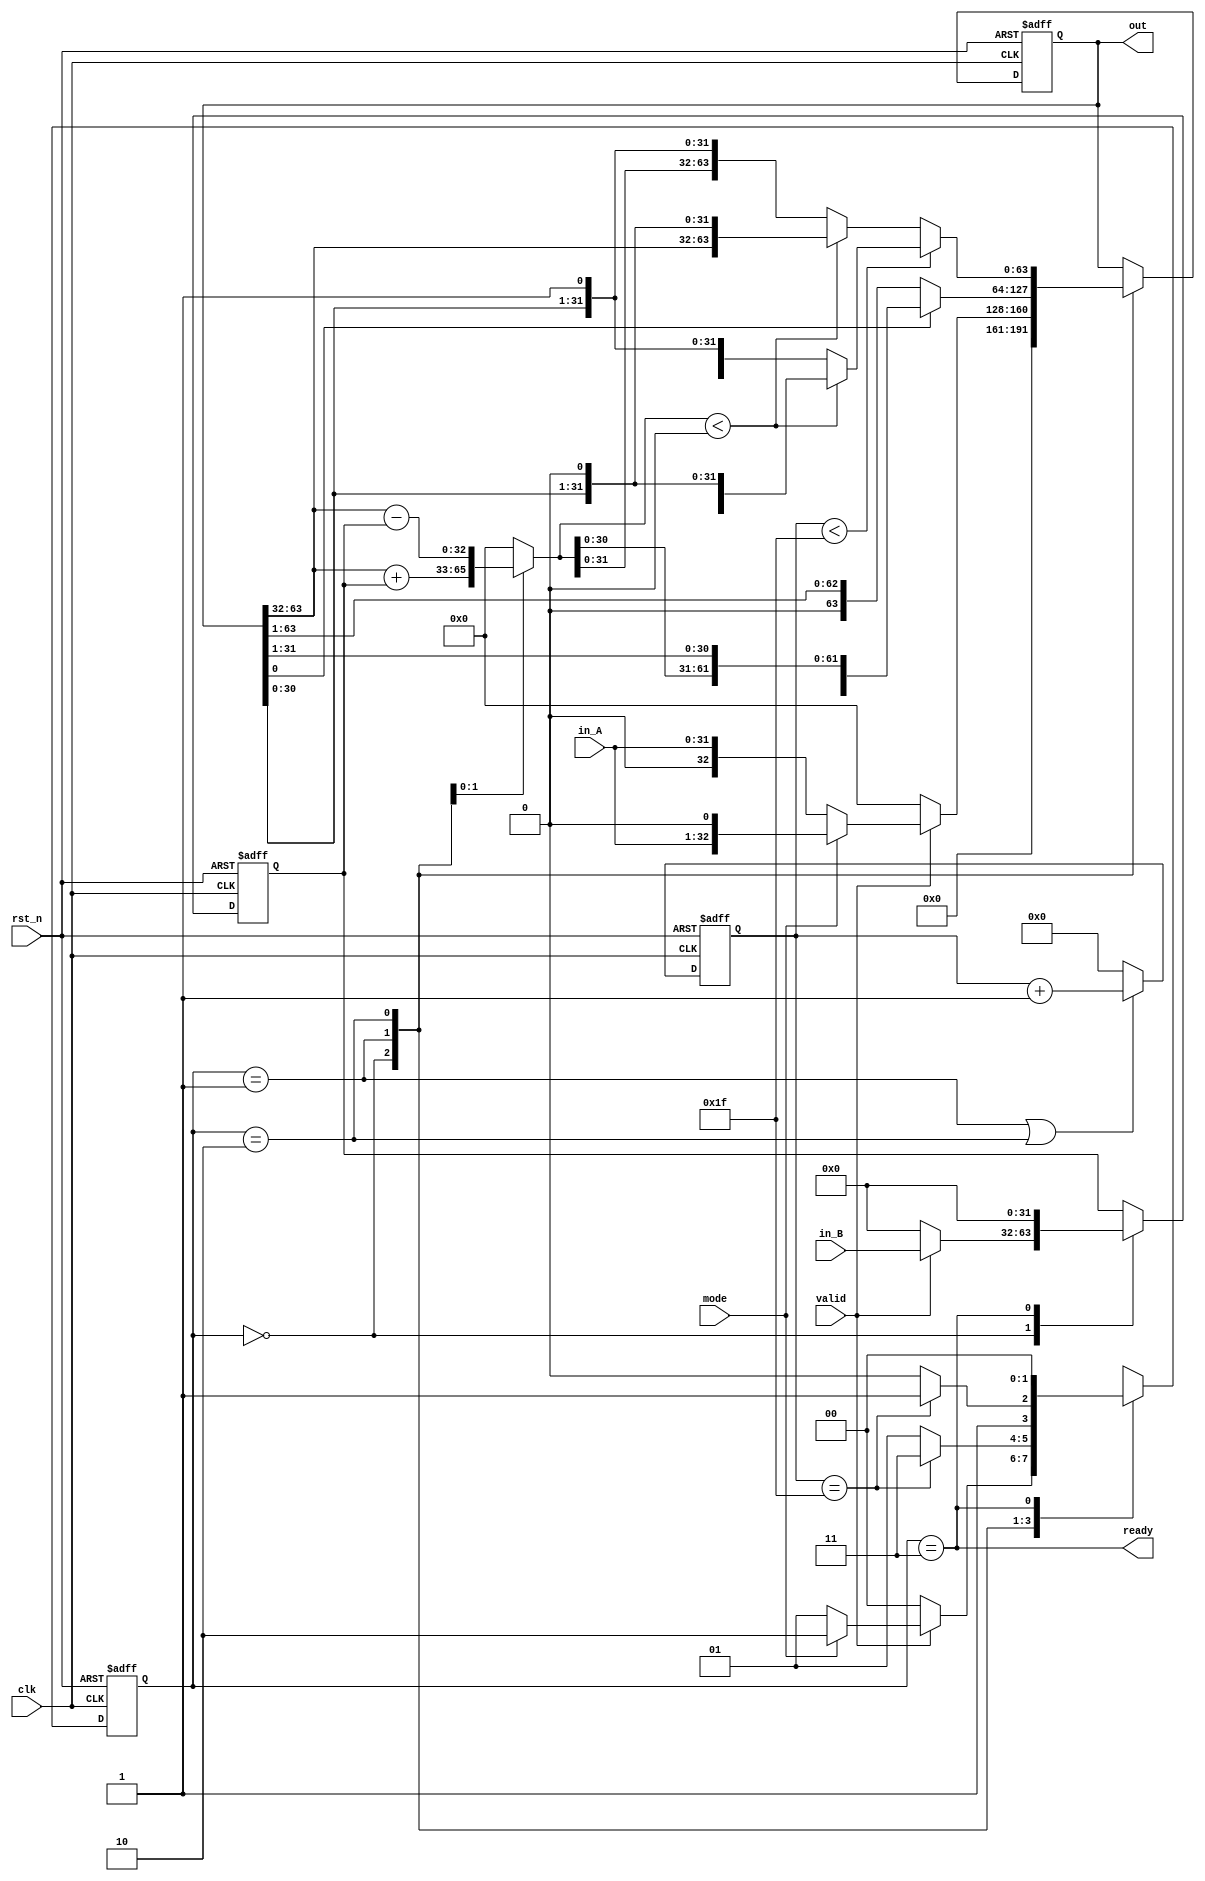
/*===============================================
Author: Yeu-Tong Lau, Chang-Lin Tsai, Eric Tien 
Module: CHIP, reg_file, mulDiv
Description: 
    Single cycle RISC-V processor for simplify instructions.
    Use the submodule mulDiv to simulate mul/div calculations.
===============================================*/

module CHIP(
    clk, rst_n,
    mem_wen_D, mem_addr_D, mem_wdata_D, mem_rdata_D,
    mem_addr_I,mem_rdata_I
);

    input         clk, rst_n ;
    // For mem_D
    output reg    mem_wen_D  ;
    output [31:0] mem_addr_D ;
    output [31:0] mem_wdata_D;
    input  [31:0] mem_rdata_D;
    // For mem_I
    output [31:0] mem_addr_I ;
    input  [31:0] mem_rdata_I;

    //---------------------------------------//
    // Do not modify this part!!!            //
    // Exception: You may change wire to reg //
    reg [31:0] PC;
    reg [31:0] PC_nxt;
    reg regWrite;
    wire [4:0] rs1, rs2, rd;
    wire [31:0] rs1_data;
    wire [31:0] rs2_data;
    wire [31:0] rd_data;
    //---------------------------------------//

    // states
    parameter RUN = 1'd0;
    parameter STALL = 1'd1;

    // instruction types
    parameter R_type = 3'd0;
    parameter I_type = 3'd1;
    parameter S_type = 3'd2;
    parameter B_type = 3'd3;
    parameter U_type = 3'd4;
    parameter J_type = 3'd5;

    // alu control
    parameter ADD = 3'd0;
    parameter SUB = 3'd1;
    parameter SLT = 3'd2;
    parameter SLL = 3'd3;
    parameter SRA = 3'd4;

    // control
    reg [2:0] type;
    reg jalr, jal, branch, mem_to_reg, alu_src, auipc;
    wire [6:0] opcode;
    wire [2:0] func3;
    wire [6:0] func7;
    
    // mul
    reg mul_valid;
    wire [63:0] mul_out;
    wire mul_ready;

    // alu
    reg [2:0] alu_ctrl;
    reg signed [31:0] alu_in_1;
    reg signed [31:0] alu_in_2;
    reg signed [31:0] alu_out;
    reg signed [31:0] imm_gen_out;

    // pc
    reg [31:0] pc_a4, pc_imm;

    // flip-flops
    reg state, state_nxt;

    //---------------------------------------//
    // Do not modify this part!!!            //
    reg_file reg0(                           //
        .clk(clk),                           //
        .rst_n(rst_n),                       //
        .wen(regWrite),                      //
        .a1(rs1),                            //
        .a2(rs2),                            //
        .aw(rd),                             //
        .d(rd_data),                         //
        .q1(rs1_data),                       //
        .q2(rs2_data));                      //
    //---------------------------------------//
    mulDiv mul_div_inst(
        .clk(clk), .rst_n(rst_n), .valid(mul_valid), .mode(1'd0),
        .in_A(rs1_data), .in_B(rs2_data),
        .ready(mul_ready), .out(mul_out)
    );

    //===== Combinational =======================
    assign mem_addr_I = PC;
    assign mem_addr_D = alu_out;
    assign mem_wdata_D = rs2_data;
    assign rd_data = (jal | jalr)? pc_a4
                    : mem_to_reg? mem_rdata_D
                        : mul_ready? mul_out[31:0]
                            : auipc? pc_imm
                                : alu_out;

    assign opcode = mem_rdata_I[6:0];
    assign rd = (type==S_type && type==B_type)? 5'd0 : mem_rdata_I[11:7];
    assign rs1 = (type==U_type && type==J_type)? 5'd0 : mem_rdata_I[19:15];
    assign rs2 = (type==I_type && type==U_type && type==J_type)? 5'd0 : mem_rdata_I[24:20];
    assign func3 = mem_rdata_I[14:12];
    assign func7 = mem_rdata_I[31:25];

    // detect instruction type by opcode
    always @(*) begin
        case (mem_rdata_I[6:0])
            7'b0010111: begin type = U_type; end
            7'b1101111: begin type = J_type; end
            7'b1100111: begin type = I_type; end
            7'b1100011: begin type = B_type; end
            7'b0000011: begin type = I_type; end
            7'b0100011: begin type = S_type; end
            7'b0010011: begin type = I_type; end
            7'b0110011: begin type = R_type; end
            default: begin type = 3'd7; end
        endcase
    end

    // handle I/O and control signals
    always @(*) begin
        jalr = 0;
        jal = 0;
        branch = 0;
        mem_to_reg = 0;
        mem_wen_D = 0;
        alu_src = 0;
        regWrite = 0;
        mul_valid = 0;
        auipc = 0;
        if (state == RUN) begin
            case (type)
                R_type: begin  // ADD, SUB, MUL
                    regWrite = ~func7[0];
                    mul_valid = func7[0];
                end
                I_type: begin  // JALR, LW, ADDI, SLTI, SLLI, SRAI
                    jalr = opcode[2];
                    mem_to_reg = (opcode[5:4]==2'd0);
                    alu_src = 1;
                    regWrite = 1;
                end
                S_type: begin  // SW
                    mem_wen_D = 1;
                    alu_src = 1;
                end
                B_type: begin  // BEQ
                    branch = 1;
                end
                U_type: begin  // AUIPC
                    auipc = 1;
                    alu_src = 1;
                    regWrite = 1;
                end
                J_type: begin  // JAL
                    jal = 1;
                    regWrite = 1;
                end
                default: begin
                    jalr = 0;
                    jal = 0;
                    branch = 0;
                    mem_to_reg = 0;
                    mem_wen_D = 0;
                    alu_src = 0;
                    regWrite = 0;
                    mul_valid = 0;
                    auipc = 0;
                end
            endcase
        end else begin
            regWrite = mul_ready;
        end
    end

    // immediate generator
    always @(*) begin
        case (type)
            I_type: imm_gen_out = func3[0]? {27'd0, mem_rdata_I[24:20]} // SLLI, SRAI
                                : {{20{mem_rdata_I[31]}}, mem_rdata_I[31:20]};
            S_type: imm_gen_out = {{20{mem_rdata_I[31]}}, mem_rdata_I[31:25], mem_rdata_I[11:7]};
            B_type: imm_gen_out = {{20{mem_rdata_I[31]}}, mem_rdata_I[7], mem_rdata_I[30:25], mem_rdata_I[11:8], 1'b0};
            U_type: imm_gen_out = {mem_rdata_I[31:12], 12'd0};
            J_type: imm_gen_out = {{12{mem_rdata_I[31]}}, mem_rdata_I[19:12], mem_rdata_I[20], mem_rdata_I[30:21], 1'b0};
            default: imm_gen_out = 32'd0;
        endcase
    end

    // alu control
    always @(*) begin
        alu_ctrl = func3[2]?
                        SRA
                    : func3[0]?
                            SLL
                        : (func3[1] & opcode[4])?
                                SLT
                            : ((~func3[1] & ~opcode[2] & opcode[5]) && (~opcode[4] | func7[5]))?
                                SUB : ADD;
    end

    // alu
    always @(*) begin
        alu_in_1 = rs1_data;
        alu_in_2 = alu_src? imm_gen_out : rs2_data;
        case (alu_ctrl)
            ADD: begin alu_out = alu_in_1 + alu_in_2; end
            SUB: begin alu_out = alu_in_1 - alu_in_2; end
            SLT: begin alu_out = (alu_in_1 < alu_in_2)? 32'd1 : 32'd0; end
            SLL: begin alu_out = alu_in_1 << alu_in_2; end
            SRA: begin alu_out = alu_in_1 >>> alu_in_2; end
            default: begin alu_out = 32'd0; end
        endcase
    end


    // handle PC (mul stall)
    always @(*) begin
        pc_a4 = PC + 4;
        pc_imm = PC + imm_gen_out;

        if (state == RUN) begin
            if (mul_valid) begin
                PC_nxt = PC;
            end else begin
                PC_nxt = jalr? (imm_gen_out + rs1_data)
                        : ( (branch & (alu_out == 0)) | jal )? pc_imm : pc_a4;
            end
        end else begin
            if (mul_ready) begin
                PC_nxt = pc_a4;
            end else begin
                PC_nxt = PC;
            end
        end
    end

    // Finite State Machine
    always @(*) begin
        case (state)
            RUN: begin
                state_nxt = mul_valid? STALL : RUN;
            end
            STALL: begin
                state_nxt = mul_ready? RUN : STALL;
            end
            default: begin
                state_nxt = RUN;
            end
        endcase
    end

    //===== Sequential ==========================
    always @(posedge clk or negedge rst_n) begin
        if (!rst_n) begin
            PC <= 32'h00010000; // Do not modify this value!!!
            state <= RUN;
        end else begin
            PC <= PC_nxt;
            state <= state_nxt;
        end
    end
endmodule

module reg_file(clk, rst_n, wen, a1, a2, aw, d, q1, q2);
   
    parameter BITS = 32;
    parameter word_depth = 32;
    parameter addr_width = 5; // 2^addr_width >= word_depth
    
    input clk, rst_n, wen; // wen: 0:read | 1:write
    input [BITS-1:0] d;
    input [addr_width-1:0] a1, a2, aw;

    output [BITS-1:0] q1, q2;

    reg [BITS-1:0] mem [0:word_depth-1];
    reg [BITS-1:0] mem_nxt [0:word_depth-1];

    integer i;

    assign q1 = mem[a1];
    assign q2 = mem[a2];

    always @(*) begin
        for (i=0; i<word_depth; i=i+1)
            mem_nxt[i] = (wen && (aw == i)) ? d : mem[i];
    end

    always @(posedge clk or negedge rst_n) begin
        if (!rst_n) begin
            mem[0] <= 0;
            for (i=1; i<word_depth; i=i+1) begin
                case(i)
                    32'd2: mem[i] <= 32'hbffffff0;
                    32'd3: mem[i] <= 32'h10008000;
                    default: mem[i] <= 32'h0;
                endcase
            end
        end
        else begin
            mem[0] <= 0;
            for (i=1; i<word_depth; i=i+1)
                mem[i] <= mem_nxt[i];
        end       
    end
endmodule

module mulDiv(clk, rst_n, valid, ready, mode, in_A, in_B, out);

    input         clk, rst_n;
    input         valid, mode; // mode: 0: mulu, 1: divu
    output        ready;
    input  [31:0] in_A, in_B;
    output [63:0] out;

    // Definition of states
    parameter IDLE = 2'b00;
    parameter MUL  = 2'b01;
    parameter DIV  = 2'b10;
    parameter OUT  = 2'b11;

    // flip-flops
    reg  [ 1:0] state, state_nxt;
    reg  [ 4:0] counter, counter_nxt;
    reg  [63:0] shreg, shreg_nxt;
    reg  [31:0] alu_in, alu_in_nxt;

    reg signed [32:0] alu_out;

    //===== Combinational =======================
    assign ready = (state==OUT);
    assign out = shreg;

    // next state logic
    always @(*) begin
        case(state)
            IDLE: begin
                state_nxt = (valid==0)? IDLE : (mode==1)? DIV : MUL;
            end
            MUL: begin
                state_nxt = (counter==5'd31)? OUT : MUL;
            end
            DIV: begin
                state_nxt = (counter==5'd31)? OUT : DIV;
            end
            OUT: begin
                state_nxt = IDLE;
            end
            default: begin
                state_nxt = IDLE;
            end
        endcase

        counter_nxt = (state==MUL | state==DIV)? counter+1 : 5'd0;
    end
    
    // ALU input
    always @(*) begin
        case(state)
            IDLE: begin
                alu_in_nxt = valid? in_B : 0;
            end
            OUT: begin
                alu_in_nxt = 0;
            end
            default: begin
                alu_in_nxt = alu_in;
            end
        endcase
    end

    // ALU output
    always @(*) begin
        case (state)
            MUL: begin
                alu_out = shreg[63:32] + alu_in;
            end
            DIV: begin
                alu_out = shreg[63:32] - alu_in;
            end
            default: begin
                alu_out = 33'd0;
            end
        endcase
    end

    // handle shift registers
    always @(*) begin
        case (state)
            IDLE: begin
                shreg_nxt = valid? mode? {31'd0, in_A, 1'b0} : {32'd0, in_A} : 64'd0;
            end
            MUL: begin
                if (shreg[0]) begin
                    shreg_nxt = {alu_out, shreg[31:1]};
                end else begin
                    shreg_nxt = shreg >> 1;
                end
            end
            DIV: begin
                shreg_nxt = counter<31?
                                alu_out<0? {shreg[62:0], 1'b0} : {alu_out[30:0], shreg[31:0], 1'b1}
                            :
                                alu_out<0? {shreg[63:32], shreg[30:0], 1'b0} : {alu_out[31:0], shreg[30:0], 1'b1};
            end
            default: begin
                shreg_nxt = shreg;
            end
        endcase
    end

    //===== Sequential ==========================
    always @(posedge clk or negedge rst_n) begin
        if (!rst_n) begin
            state <= IDLE;
            counter <= 5'd0;
            shreg <= 64'd0;
            alu_in <= 32'd0;
        end else begin
            state <= state_nxt;
            counter <= counter_nxt;
            shreg <= shreg_nxt;
            alu_in <= alu_in_nxt;
        end
    end
endmodule